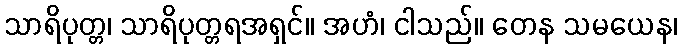
သာရိပုတ္တ၊ သာရိပုတ္တရအရှင်။ အဟံ၊ ငါသည်။ တေန သမယေန၊